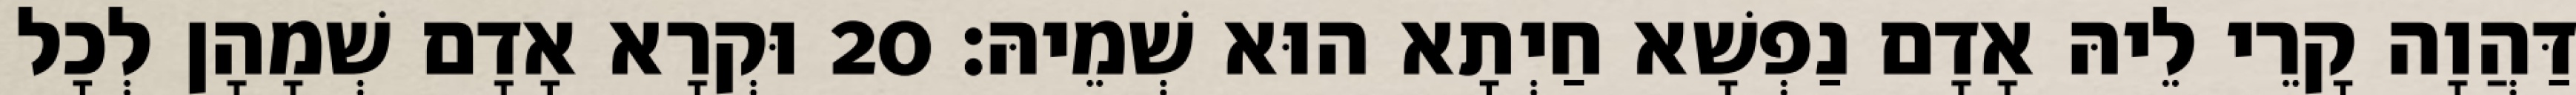
דַּהֲוָה קָרֵי לֵיהּ אָדָם נַפְשָׁא חַיְתָא הוּא שְׁמֵיהּ׃ 20 וּקְרָא אָדָם שְׁמָהָן לְכָל